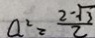
a ^ { 2 } = \frac { 2 - \sqrt { 3 } } { 2 }